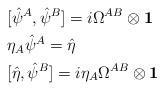
LaTeX: \begin{align*}&[\hat{\psi}^A,\hat{\psi}^B] = i\Omega^{AB}\otimes\mathbf{1} \\&\eta_A \hat{\psi}^A = \hat{\eta} \\&[\hat{\eta},\hat{\psi}^B] = i\eta_A \Omega^{AB} \otimes\mathbf{1} \\\end{align*}